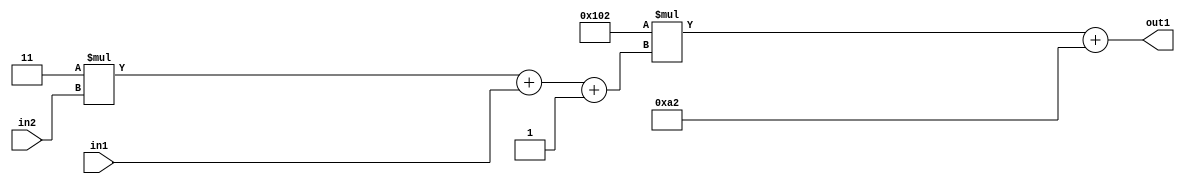
`timescale 1ps / 1ps
/*****************************************************************************
    Verilog RTL Description
    
    
    Created by: Stratus DpOpt 2019.1.01 
*******************************************************************************/

module DC_Filter_Add2i162Mul2i258Add3i1u1Mul2i3u2_1 (
	in2,
	in1,
	out1
	); /* architecture "behavioural" */ 
input [1:0] in2;
input  in1;
output [11:0] out1;
wire [11:0] asc001;
wire [3:0] asc002;

wire [3:0] asc002_tmp_0;
wire [3:0] asc002_tmp_1;
assign asc002_tmp_1 = 
	+(4'B0011 * in2);
assign asc002_tmp_0 = asc002_tmp_1
	+(in1);
assign asc002 = asc002_tmp_0
	+(4'B0001);

wire [11:0] asc001_tmp_2;
assign asc001_tmp_2 = 
	+(12'B000100000010 * asc002);
assign asc001 = asc001_tmp_2
	+(12'B000010100010);

assign out1 = asc001;
endmodule

/* CADENCE  vrTySAk= : u9/ySgnWtBlWxVPRXgAZ4Og= ** DO NOT EDIT THIS LINE ******/